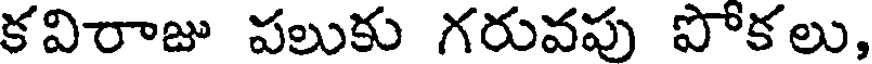
కవిరాజు పలుకు గరువపు పోకలు,